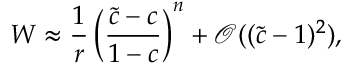
W \approx \frac { 1 } { r } \left( \frac { \tilde { c } - c } { 1 - c } \right) ^ { n } + \mathcal { O } ( ( \tilde { c } - 1 ) ^ { 2 } ) ,